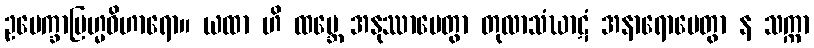
ဥပေက္ခာဗြဟ္မဝိဟာရော။ ယထာ ဟိ ထမ္ဘေ အနုဿာပေတွာ တုလာသံဃာဋံ အနာရောပေတွာ န သက္ကာ